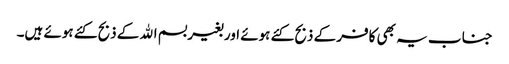
جنا ب یہ بھی کافر کے ذبح کئے ہوئے اور بغیر بسم اﷲ کے ذبح کئے ہوئے ہیں۔